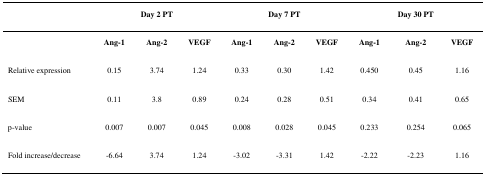
|  | <COLSPAN=3> Day 2 PT | <COLSPAN=3> Day 7 PT | <COLSPAN=3> Day 30 PT |
 | --- | --- | --- | --- | --- | --- | --- | --- | --- | --- |
 |  | Ang-1 | Ang-2 | VEGF | Ang-1 | Ang-2 | VEGF | Ang-1 | Ang-2 | VEGF |
 | Relative expression | 0.15 | 3.74 | 1.24 | 0.33 | 0.30 | 1.42 | 0.450 | 0.45 | 1.16 |
 | SEM | 0.11 | 3.8 | 0.89 | 0.24 | 0.28 | 0.51 | 0.34 | 0.41 | 0.65 |
 | p-value | 0.007 | 0.007 | 0.045 | 0.008 | 0.028 | 0.045 | 0.233 | 0.254 | 0.065 |
 | Fold increase/decrease | -6.64 | 3.74 | 1.24 | -3.02 | -3.31 | 1.42 | -2.22 | -2.23 | 1.16 |